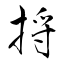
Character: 捋